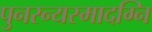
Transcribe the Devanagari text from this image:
पुनरन्यस्मादग्नि